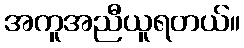
အကူအညီယူရတယ်။